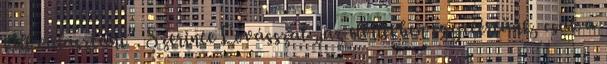
kell választani”. Szerinte Lovásszal „az elvilekben egyetértünk, csak a